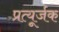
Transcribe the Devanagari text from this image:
प्रत्यूर्जक